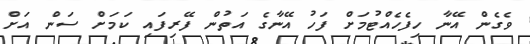
ވެގެން އޭނާ ހިފެހެއްޓުމަށް ފަހު އޭނާގެ އަތުން ފޭރިފައި ކަމަށް ސަން އަށް